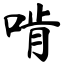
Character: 啃